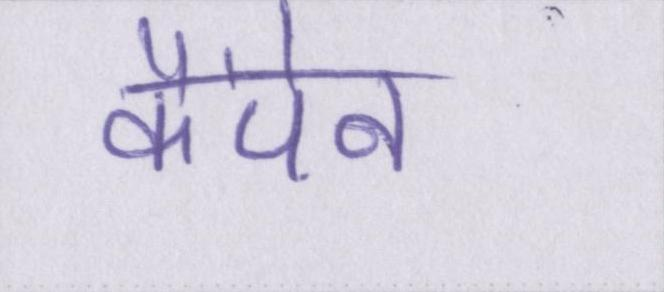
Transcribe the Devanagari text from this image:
कैंपेन